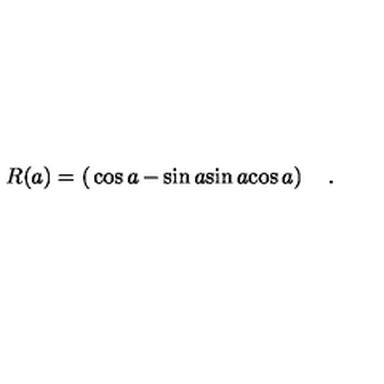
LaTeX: R ( a ) = \left( \begin{matrix} { \cos a } & { - \sin a } \\ { \sin a } & { \cos a } \\ \end{matrix} \right) \quad .